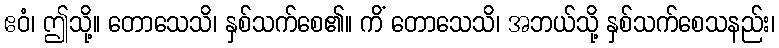
ဧဝံ၊ ဤသို့။ တောသေသိ၊ နှစ်သက်စေ၏။ ကိံ တောသေသိ၊ အဘယ်သို့ နှစ်သက်စေသနည်း၊